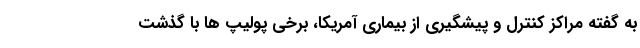
به گفته مراکز کنترل و پیشگیری از بیماری آمریکا، برخی پولیپ ها با گذشت